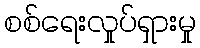
စစ်ရေးလှုပ်ရှားမှု